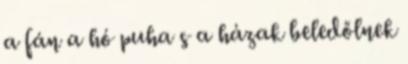
a fán a hó puha s a házak beledőlnek